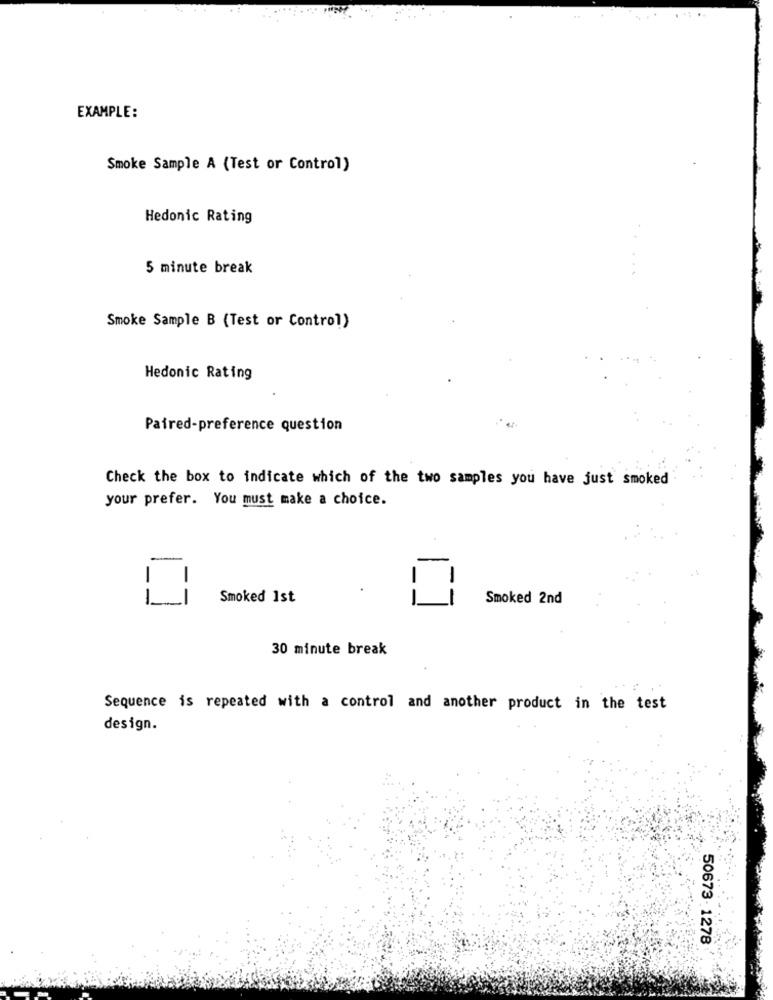
EXAMPLE:
Smoke Sample A (Test or Control)
Hedonic Rating
5 minute break
Smoke Sample B (Test or Control)
Hedonic Rating
Paired-preference question
Check the box to indicate which of the two samples you have just smoked
your prefer. You must make a choice.
-
1
-
--
1
Smoked 1st
Smoked 2nd
30 minute break
Sequence is repeated with a control and another product in the test
design.
50673- 1278